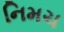
નિમચ